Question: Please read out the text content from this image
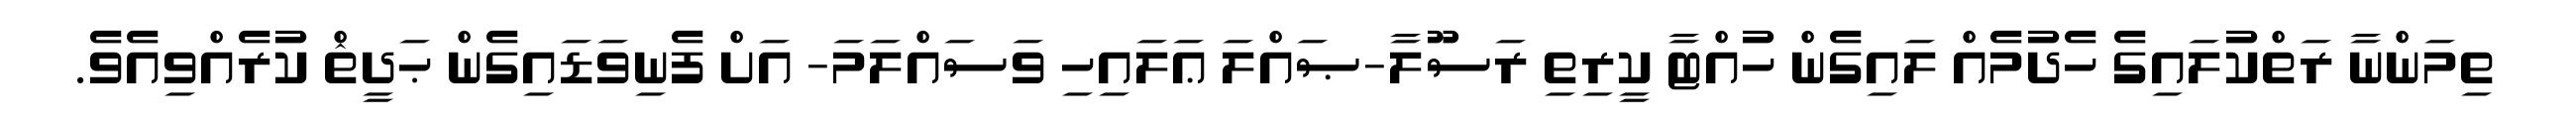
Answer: ތިމަންނާ ރަތްކުލައިގެ ހެދުމެއް ލައިގެން ހުއްޓާ ކީރިތި ރަސޫލާ-ޞައްލަ ޢަލައިހި ވަސައްލަމަ- އަށް ފެނިވަޑައިގެން ޙަދީޘް ކުރެއްވިއެވެ.